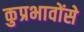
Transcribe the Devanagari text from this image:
कुप्रभावोंसे